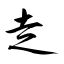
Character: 赱